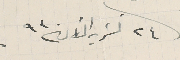
٢٤ تشرين الثانى ٩٣